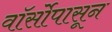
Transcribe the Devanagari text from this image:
वॉर्सोपासून